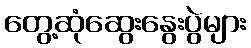
တွေ့ဆုံဆွေးနွေးပွဲများ